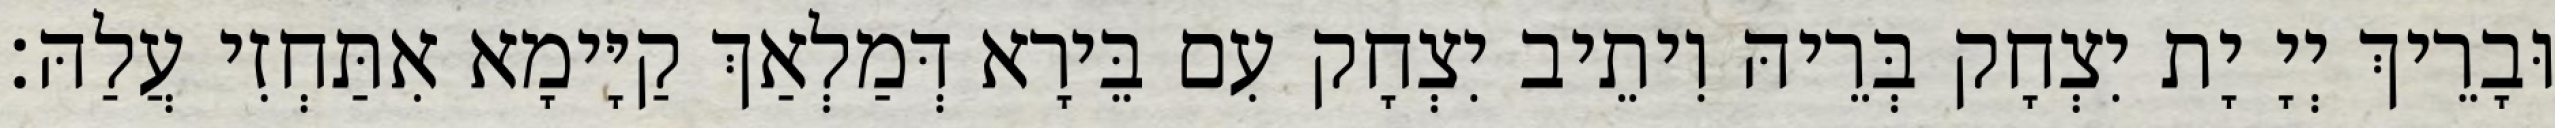
וּבָרֵיךְ יְיָ יָת יִצְחָק בְּרֵיהּ וִיתֵיב יִצְחָק עִם בֵּירָא דְּמַלְאַךְ קַיָּימָא אִתַּחְזִי עֲלַהּ׃